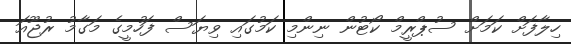
ހިލާފަށް ކަމަށް ސުޕްރީމް ކޯޓުން ނިންމި ކަމުގައި ވިޔަސް ފަހުމީގެ މަގާމު ރުޖޫއަ